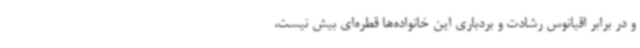
و در برابر اقیانوس رشادت و بردباری این خانواده‌ها قطره‌ای بیش نیست،